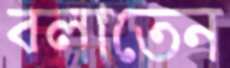
বলাতেন